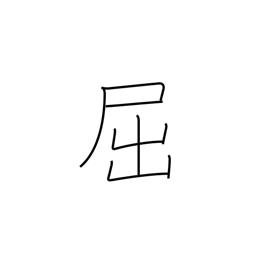
Meaning: yield